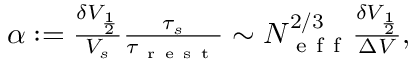
\begin{array} { r } { \alpha : = \frac { \delta V _ { \frac { 1 } { 2 } } } { V _ { s } } \frac { \tau _ { s } } { \tau _ { \mathrm { ~ r ~ e ~ s ~ t ~ } } } \sim N _ { \mathrm { ~ e ~ f ~ f ~ } } ^ { 2 / 3 } \frac { \delta V _ { \frac { 1 } { 2 } } } { \Delta V } , } \end{array}